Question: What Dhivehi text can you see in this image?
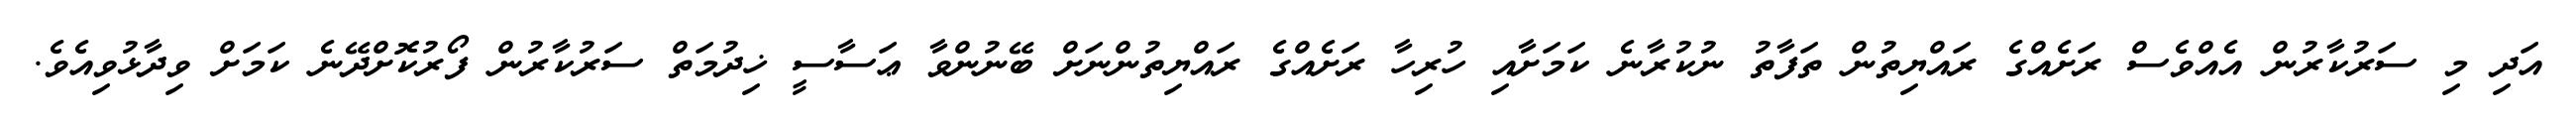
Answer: އަދި މި ސަރުކާރުން އެއްވެސް ރަށެއްގެ ރައްޔިތުން ތަފާތު ނުކުރާނެ ކަމަށާއި ހުރިހާ ރަށެއްގެ ރައްޔިތުންނަށް ބޭނުންވާ ޢަސާސީ ޚިދުމަތް ސަރުކާރުން ފޯރުކޮށްދޭނެ ކަމަށް ވިދާޅުވިއެވެ.